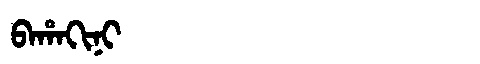
Manchu: ᠪᠠᡥᠠᡴᡳᠨᡳ
Romanization: BAHAKINI